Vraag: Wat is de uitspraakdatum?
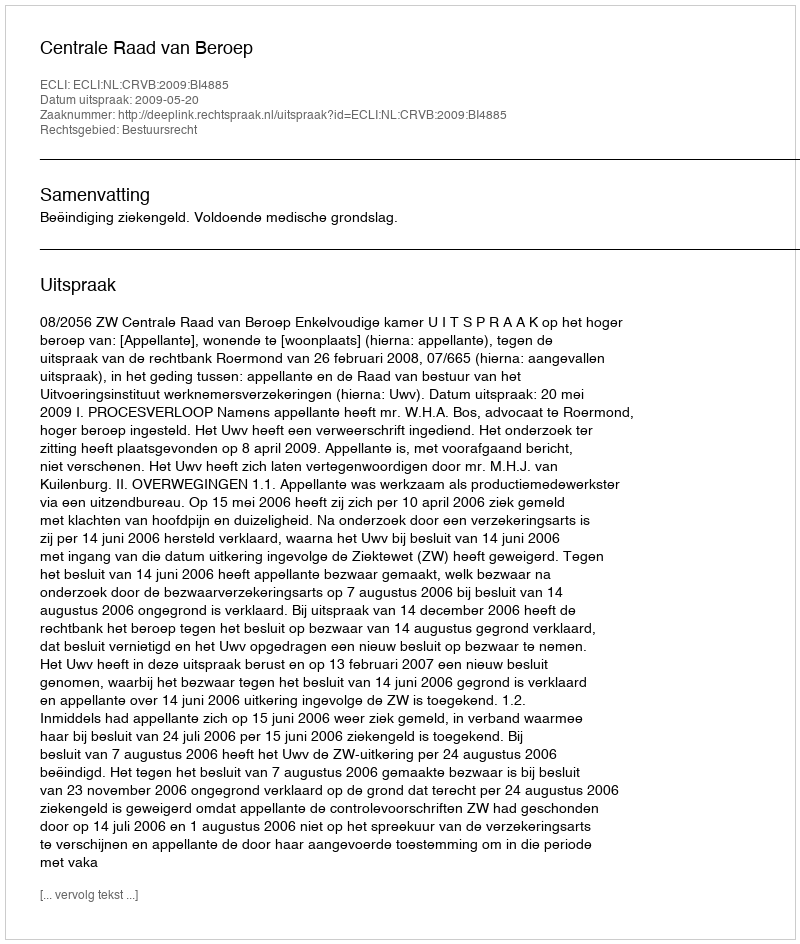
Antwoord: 2009-05-20